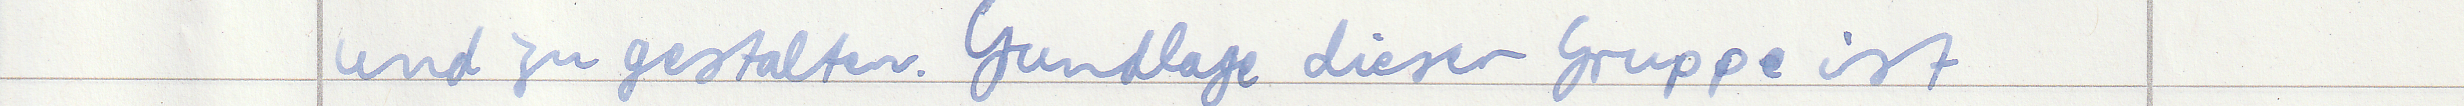
und zu gestalten. Grundlage dieser Gruppe ist